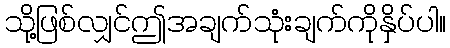
သို့ဖြစ်လျှင်ဤအချက်သုံးချက်ကိုနှိပ်ပါ။